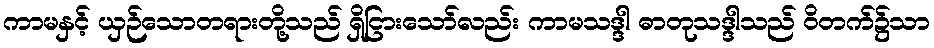
ကာမနှင့် ယှဉ်သောတရားတို့သည် ရှိငြားသော်လည်း ကာမသဒ္ဒါ ဓာတုသဒ္ဒါသည် ဝိတက်၌သာ